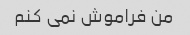
من فراموش نمی کنم